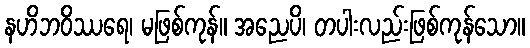
နဟိဘဝိဿရေ၊ မဖြစ်ကုန်။ အညေပိ၊ တပါးလည်းဖြစ်ကုန်သော။